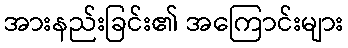
အားနည်းခြင်း၏ အကြောင်းများ